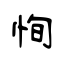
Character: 恂